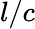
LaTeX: l/c